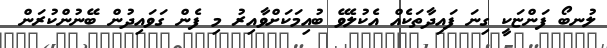
ލުނބޯ ފަންޏަކީ ގިނަ ފައިދާތަކެއް އެކުލެވޭ ބުއިމަކަށްވާއިރު މި ފެން ގަވައިދުން ބޭނުންކުރަން